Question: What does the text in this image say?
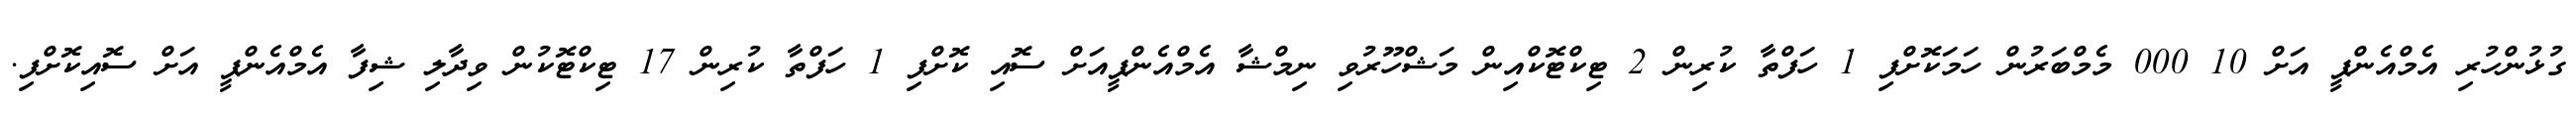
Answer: ގުޅުންހުރި އެމްއެންޕީ އަށް 10 000 މެމްބަރުން ހަމަކޮށްފި 1 ހަފްތާ ކުރިން 2 ޓިކްޓޮކްއިން މަޝްހޫރުވި ނިމްޝާ އެމްއެންޕީއަށް ސޮއި ކޮށްފި 1 ހަފްތާ ކުރިން 17 ޓިކްޓޮކުން ވިދާލި ޝިފާ އެމްއެންޕީ އަށް ސޮއިކޮށްފި.